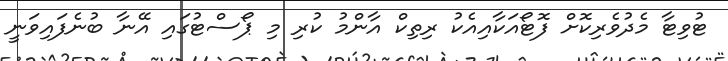
ޓުވިޓާ މެދުވެރިކޮށް ފޮޓޯއަކާއިއެކު ރިތިކް އާންމު ކުރި މި ޕޯސްޓުގައި އޭނާ ބުނެފައިވަނީ